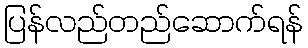
ပြန်လည်တည်ဆောက်ရန်